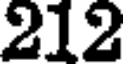
212